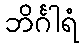
ဘိင်္ဂါရံ